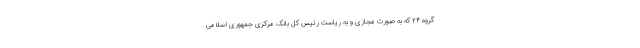
گروه ۲۴ که به صورت مجازی و به ریاست رئیس کل بانک مرکزی جمهوری اسلامی